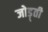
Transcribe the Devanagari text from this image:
जोड़्ती